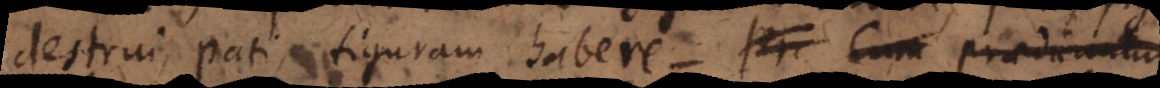
destrui, pati, figuram habere. Pr. Cum praedi